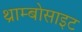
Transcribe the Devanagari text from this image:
थ्राम्बोसाइट